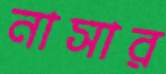
নাসার